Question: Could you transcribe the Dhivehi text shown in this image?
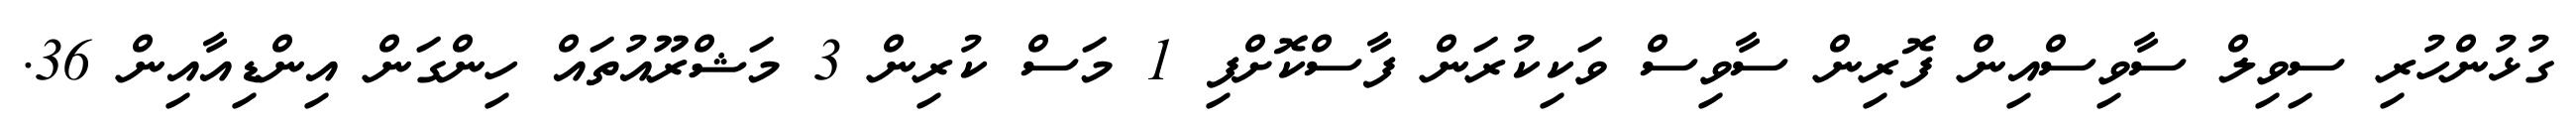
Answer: ގުޅުންހުރި ސިވިލް ސާވިސްއިން ފޮރިން ސާވިސް ވަކިކުރަން ފާސްކޮށްފި 1 މަސް ކުރިން 3 މަޝްރޫއުތައް ހިންގަން އިންޑިއާއިން 36.